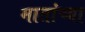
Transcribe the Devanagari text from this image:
मातांच्या